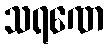
သရဏေ